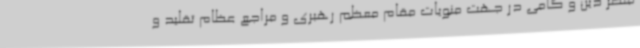
منظر دین و گامی در جهت منویات مقام معظم رهبری و مراجع عظام تقلید و